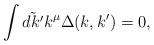
\begin{align*}\int\tilde{dk^{\prime}} k^{\mu}\Delta(k, k^{\prime}) = 0, \end{align*}